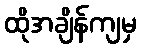
ထိုအချိန်ကျမှ